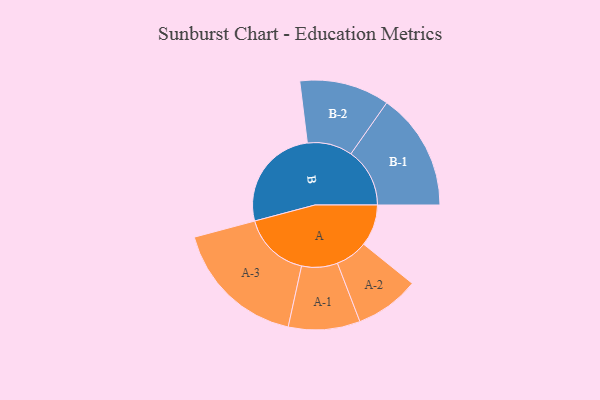
{"axis": {"x": "Segment", "y": "Value"}, "legend": ["", "A", "B"], "data": [{"x": "A", "y": 181, "type": ""}, {"x": "B", "y": 456, "type": ""}, {"x": "A-1", "y": 156, "type": "A"}, {"x": "A-2", "y": 140, "type": "A"}, {"x": "A-3", "y": 292, "type": "A"}, {"x": "B-1", "y": 256, "type": "B"}, {"x": "B-2", "y": 196, "type": "B"}]}